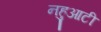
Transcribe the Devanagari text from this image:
नहुआटी